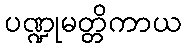
ပဏ္ဍုမတ္တိကာယ